Civil Veterinary Dept. North-West Frontier Province 1901-22 - 1901-1922
Year: 1901
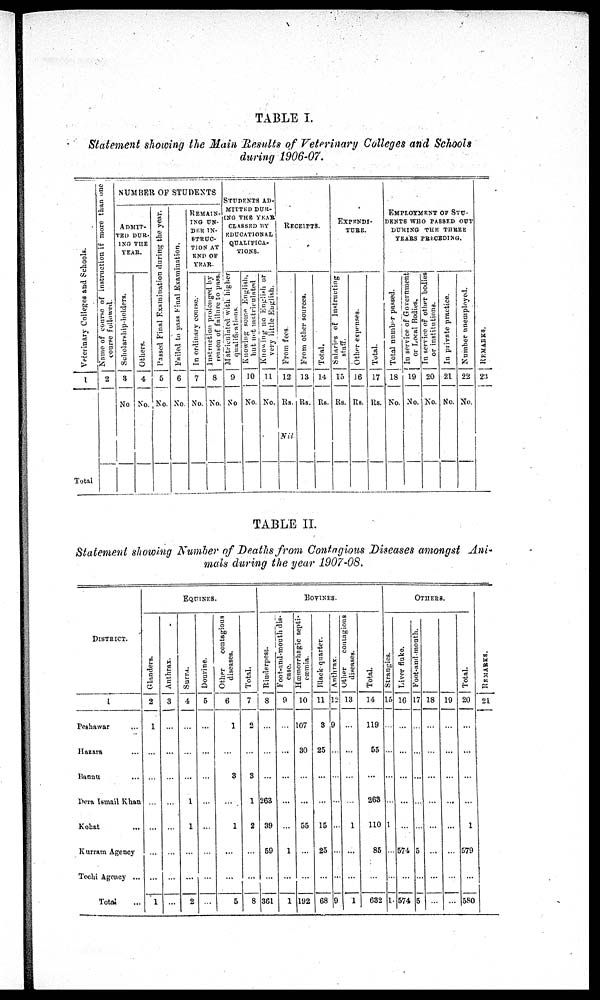
TABLE I.
Statement showing the Main Results of Veterinary Colleges and Schools
during 1906-07.
Veterinary Colleges and Schools.
1
Total
Name of course of instruction if more than one
course followed.
2
NUMBER OF STUDENTS
ADMIT-
TED DUR-
ING THE
YEAR.
Scholarship-holders.
3
No
Others.
4
No.
Passed Final Examination during the year.
5
No.
Failed to pass Final Examination.
6
No.
REMAIN-
--- UN-
DER IN-
STRUC-
TION AT
END OF
YEAR.
In ordinary course.
7
No.
Instruction prolonged by
reason of failure to pass.
8
No.
STUDENTS
AD-
MITTED
DUR-
ING THE YEAR
CLASSED BY
EDUCATIONAL
QUALIFICA-
TIONS.
Matriculated with higher
qualifications.
9
No.
Knowing some English,
but
not matriculated
10
No.
Knowing no English or
very little English.
11
No.
RECEIPTS.
From fees.
12
Rs.
Nil
From other sources.
13
Rs.
Total.
14
Rs.
EXPENDI-
TURE.
Salaries of Instructing
staff.
15
Rs.
Other expenses.
16
Rs.
Total.
17
Rs.
EMPLOYMENT
OF
STU-
-----
WHO PASSED OUT
DURING THE THREE
YEARS PRECEDING.
Total number passed.
18
No.
In service of Government
or Local Bodies.
19
No.
In service of other bodies
or institutions.
20
No.
In private practice.
21
No.
Number unemployed.
22
No.
REMARKS.
23
TABLE II.
Statement showing Number of Deaths from Contagious Diseases amongst Ani-
mals during the year 1907-08.
DISTRICT.
1
Peshawar ...
Hazara ...
Bannu ...
Dera Ismail Khan
Kohat ...
Kurram Agency
Tochi Agency ...
Total ...
EQUINES.
Glanders.
2
1
...
...
...
...
...
...
1
Anthrax.
3
...
...
...
...
...
...
...
...
Surra.
4
...
...
...
1
1
...
...
2
Dourine.
5
...
...
...
...
...
...
...
...
Other
contagious
diseases.
6
1
...
3
...
1
...
...
5
Total.
7
2
...
3
1
2
...
...
8
BOVINES.
Rinderpest.
8
...
...
...
263
39
59
...
381
Foot-and-mouth dis-
ease.
9
...
...
...
...
...
1
...
1
Hæmorrhagic septi-
cæmia.
10
107
30
...
...
55
...
...
192
Black quarter.
11
3
25
...
...
15
25
...
68
Anthrax.
12
9
...
...
...
...
...
...
9
Other
contagious
diseases.
13
...
...
...
...
1
...
...
1
Total.
14
119
55
...
263
110
85
...
632
OTHERS.
Strangles.
15
...
...
...
...
1
...
...
1
Liver fluke.
16
...
...
...
...
...
574
...
574
Foot-and-mouth.
17
...
...
...
...
...
5
...
5
18
...
...
...
...
...
...
...
...
19
...
...
...
...
...
...
...
...
Total.
20
...
...
...
...
1
579
...
580
REMARKS.
21